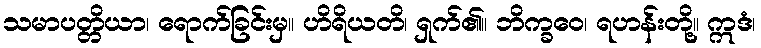
သမာပတ္တိယာ၊ ရောက်ခြင်းမှ။ ဟိရိယတိ၊ ရှက်၏။ ဘိက္ခဝေ၊ ရဟန်းတို့။ ဣဒံ၊